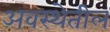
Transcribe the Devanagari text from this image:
अवस्‍थेतील